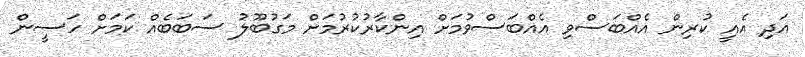
އަދި އެއީ ކުރިން އެއްބަސްވި އެއްބަސްވުމަށް އިންކާރުކުރުމަށް މަގުބޫލު ސަބަބެއް ކަމަށް ހަސީން